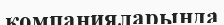
компанияларында